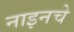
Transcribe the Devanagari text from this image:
नाइनचे